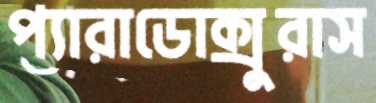
প্যারাডোক্সুরাস